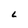
Character: L